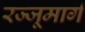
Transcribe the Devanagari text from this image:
रज्जूमार्ग